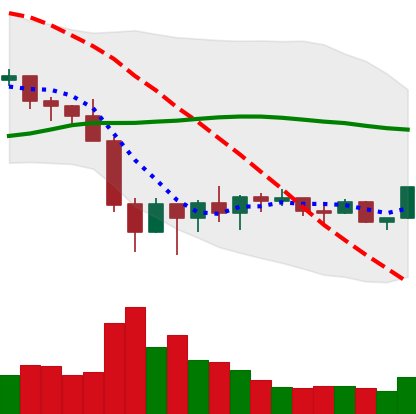
Ticker: BNB-USD
Chart end date: 2022-02-04
Forward return: 5.873%
Label: up_5_7